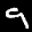
Label: 9